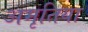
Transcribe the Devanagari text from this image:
अमृतिया